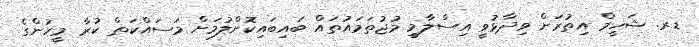
ޑރ. ޝަހީމް އިތުރަށް ވިދާޅުވީ އިސްލާމީ މުޖުތަމައުތައް ބައިބައިކޮށްލުމަށް މަސައްކަތް ކުރާ މީހުންގެ